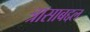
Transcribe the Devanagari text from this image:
त्रासाबद्दल